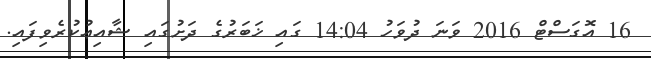
16 އޮގަސްޓް 2016 ވަނަ ދުވަހު 14:04 ގައި ޚަބަރުގެ ދަށުގައި ޝާއިޢުކުރެވިފައި.